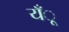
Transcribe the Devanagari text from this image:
यँू